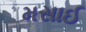
મસાઈ